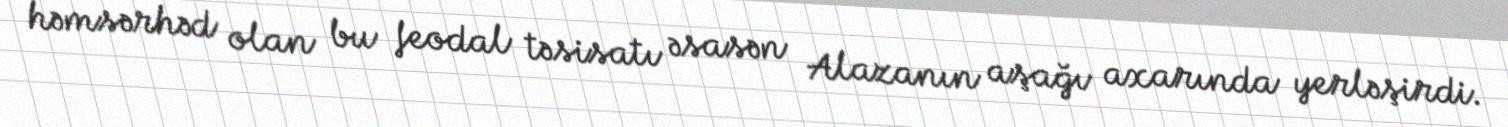
həmsərhəd olan bu feodal təsisatı əsasən Alazanın aşağı axarında yerləşirdi.